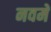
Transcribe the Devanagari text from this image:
नवमे